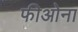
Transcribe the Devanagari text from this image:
फीओना